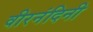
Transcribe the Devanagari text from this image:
वीरनंदिनी